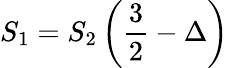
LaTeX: S_{1}=S_{2}\left(\frac{3}{2}-\Delta\right)